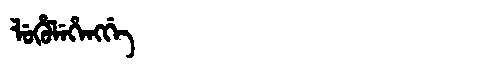
Manchu: ᠯᡠᡥᡠᠯᡝᡥᡝᠩᡤᡝ
Romanization: LUHULEHENGGE